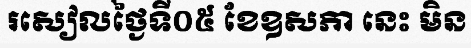
រសៀលថ្ងៃទី០៥ ខែឧសភា នេះ មិន